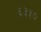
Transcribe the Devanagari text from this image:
६३५०